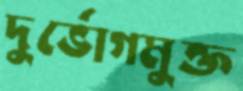
দুর্ভোগমুক্ত